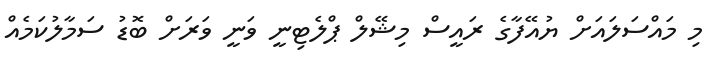
މި މައްސަލައަށް ޔުއޭފާގެ ރައީސް މިޝޭލް ޕްލެޓިނީ ވަނީ ވަރަށް ބޮޑު ސަމާލުކަމެއް